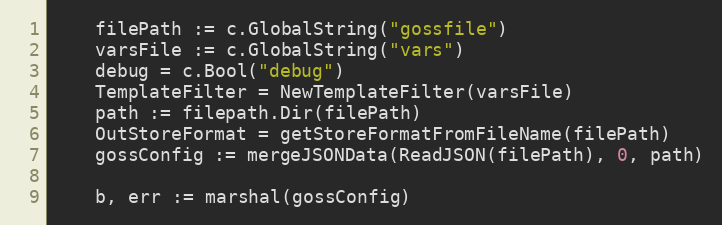
Language: Go
	filePath := c.GlobalString("gossfile")
	varsFile := c.GlobalString("vars")
	debug = c.Bool("debug")
	TemplateFilter = NewTemplateFilter(varsFile)
	path := filepath.Dir(filePath)
	OutStoreFormat = getStoreFormatFromFileName(filePath)
	gossConfig := mergeJSONData(ReadJSON(filePath), 0, path)

	b, err := marshal(gossConfig)